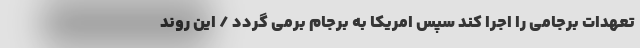
تعهدات برجامی را اجرا کند سپس امریکا به برجام برمی گردد / این روند